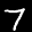
Label: 7